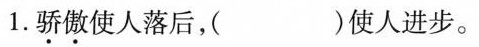
1.骄傲使人落后，( )使人进步。